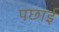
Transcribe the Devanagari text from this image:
पछाई